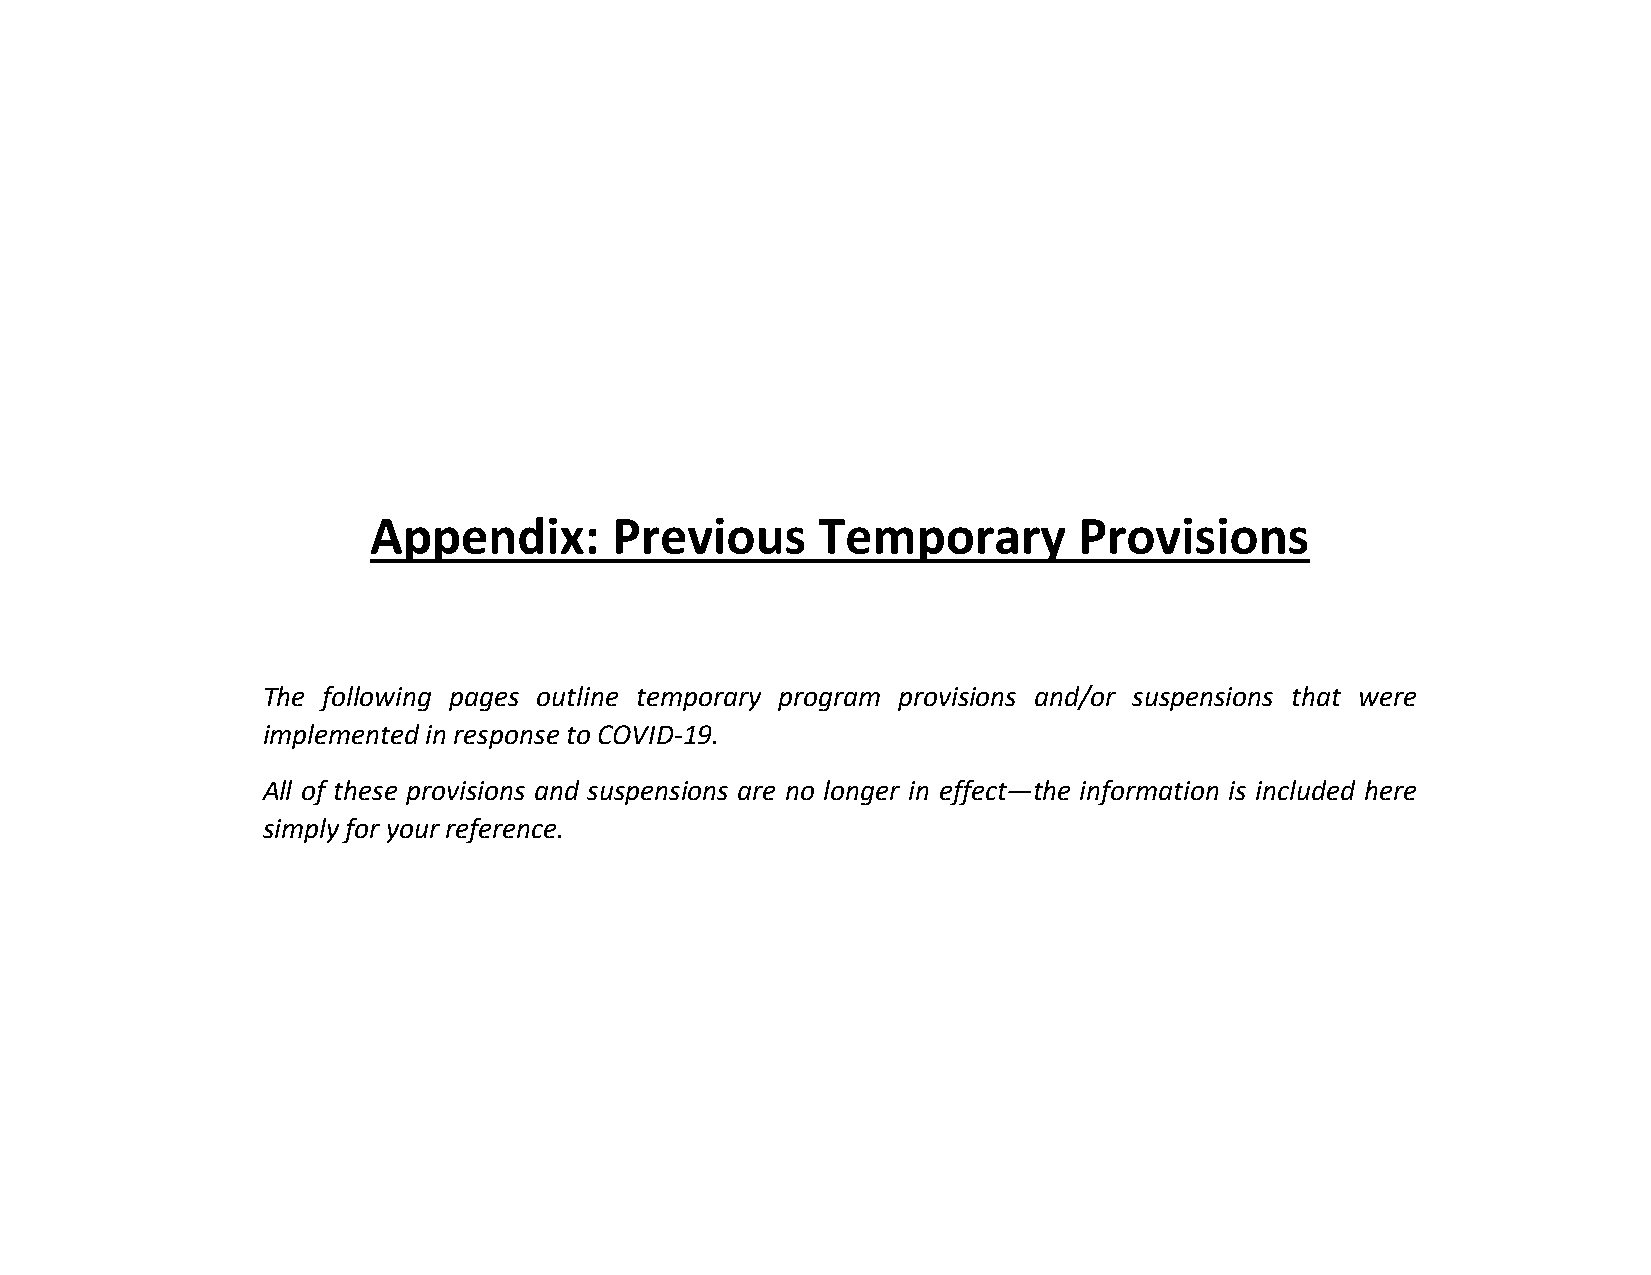
Appendix:       Previous      Temporary        Provisions
 The following pages outline temporary program provisions and/or suspensions that were
 implemented in response to COVID-19.
 All of these provisions and suspensions are no longer in effect—the information is included here
 simply for your reference.